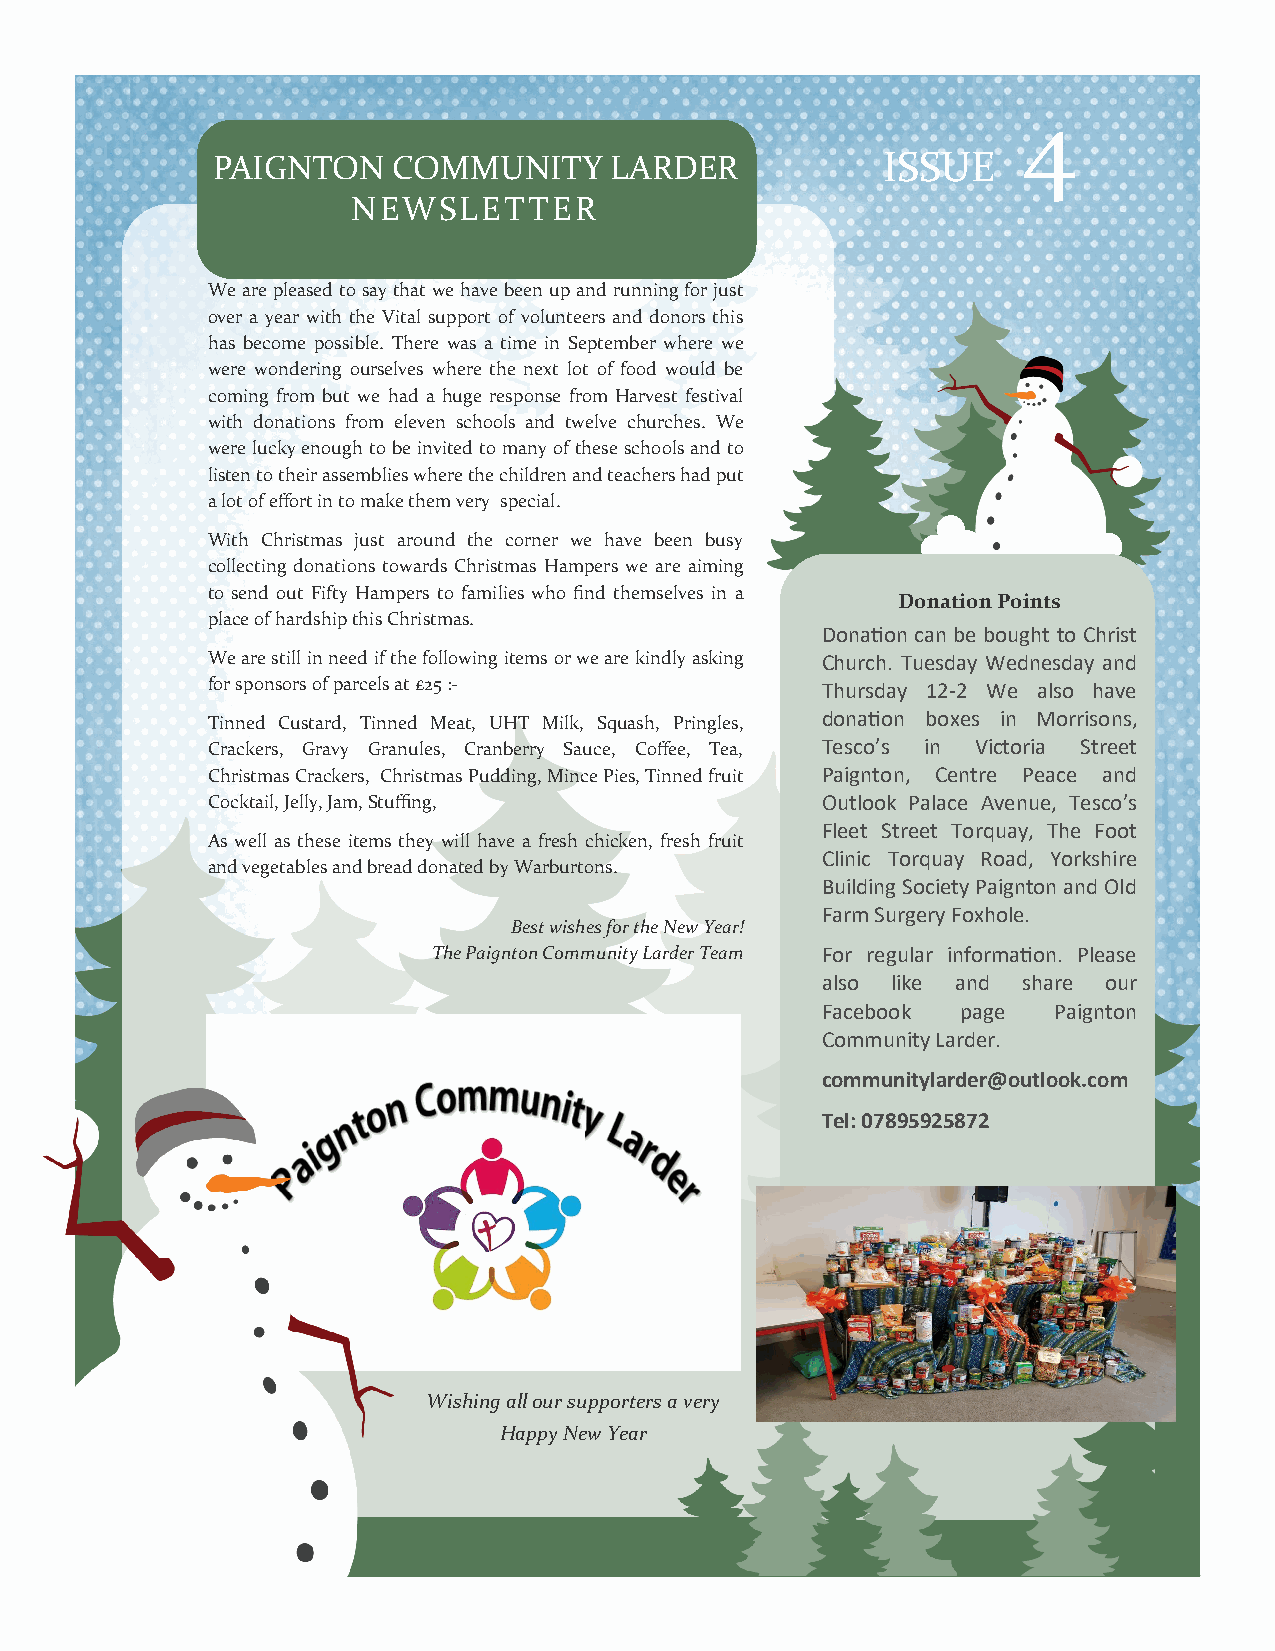
4
 PAIGNTON    COMMUNITY     LARDER            ISSUE
 NEWSLETTER
 We are pleased to say that we have been up and running for just
 over a year with the Vital support of volunteers and donors this
 has become possible. There was a time in September where we
 were wondering ourselves where the next lot of food would be
 coming from but we had a huge response from Harvest festival
 with donations from eleven schools and twelve churches. We
 were lucky enough to be invited to many of these schools and to
 listen to their assemblies where the children and teachers had put
 a lot of effort in to make them very special.
 With Christmas just around the corner we have been busy
 collecting donations towards Christmas Hampers we are aiming
 to send out Fifty Hampers to families who find themselves in a
 Donation Points
 place of hardship this Christmas.
 Donation can be bought to Christ
 We are still in need if the following items or we are kindly asking Church. Tuesday Wednesday and
 for sponsors of parcels at £25 :-       Thursday 12-2 We also have
 Tinned Custard, Tinned Meat, UHT Milk, Squash, Pringles, donation boxes in Morrisons,
 Crackers, Gravy Granules, Cranberry Sauce, Coffee, Tea, Tesco’s in Victoria Street
 Christmas Crackers, Christmas Pudding, Mince Pies, Tinned fruit Paignton, Centre Peace and
 Cocktail, Jelly, Jam, Stuffing,         Outlook Palace Avenue, Tesco’s
 Fleet Street Torquay, The Foot
 As well as these items they will have a fresh chicken, fresh fruit
 Clinic Torquay Road, Yorkshire
 and vegetables and bread donated by Warburtons.
 Building Society Paignton and Old
 Farm Surgery Foxhole.
 Best wishes for the New Year!
 The Paignton Community Larder Team For regular information. Please
 also like and share our
 Facebook  page  Paignton
 Community Larder.
 communitylarder@outlook.com
 Tel: 07895925872
 Wishing all our supporters a very
 Happy New Year